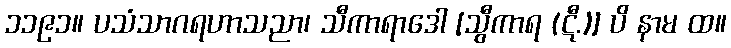
၁၁၉၁။ ပသံသာဂရဟာသညာ၊ သီကာရာဒေါ [သွီကာရ (ဋီ.)] ပိ နာမ ထ။